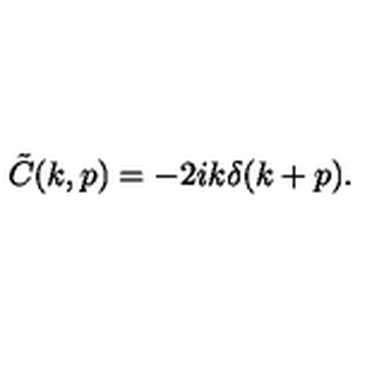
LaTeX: \tilde { C } ( k , p ) = - 2 i k \delta ( k + p ) .